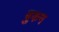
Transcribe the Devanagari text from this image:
बुकन